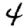
Digit: 4